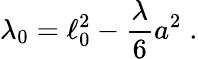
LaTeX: \lambda_{0}=\ell_{0}^{2}-\frac{\lambda}{6}a^{2}\; .